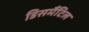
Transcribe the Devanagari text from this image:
डिसमैंटिल